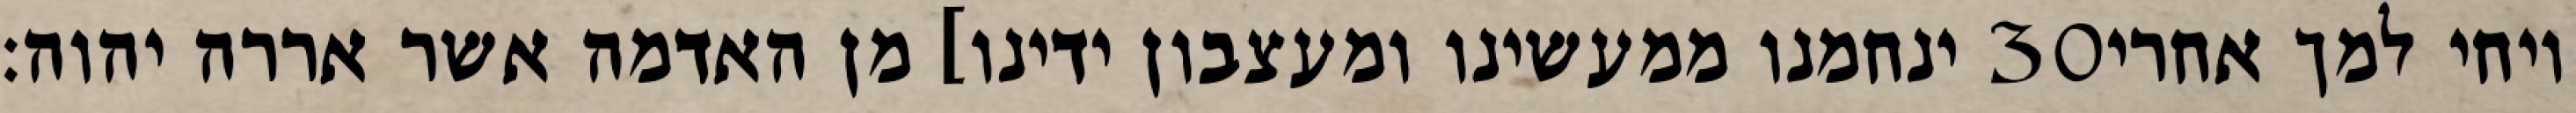
ינחמנו ממעשינו ומעצבון ידינו] מן האדמה אשר אררה יהוה׃ ‎30‏ ויחי למך אחרי